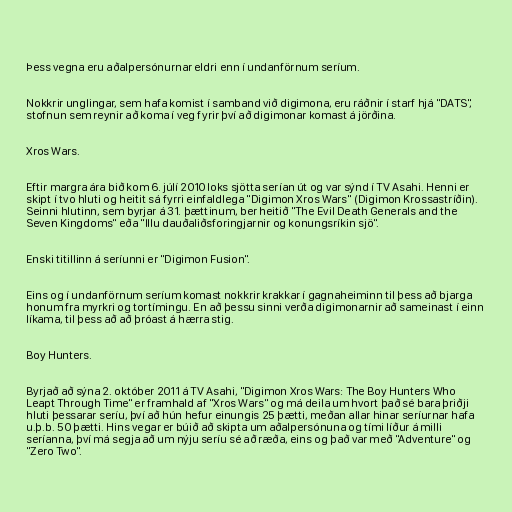
Þess vegna eru aðalpersónurnar eldri enn í undanförnum seríum.

Nokkrir unglingar, sem hafa komist í samband við digimona, eru ráðnir í starf hjá "DATS",
stofnun sem reynir að koma í veg fyrir því að digimonar komast á jörðina.

Xros Wars.

Eftir margra ára bið kom 6. júlí 2010 loks sjötta serían út og var sýnd í TV Asahi. Henni er
skipt í tvo hluti og heitit sá fyrri einfaldlega "Digimon Xros Wars" (Digimon Krossastríðin).
Seinni hlutinn, sem byrjar á 31. þættinum, ber heitið "The Evil Death Generals and the
Seven Kingdoms" eða "Illu dauðaliðsforingjarnir og konungsríkin sjö".

Enski titillinn á seríunni er "Digimon Fusion".

Eins og í undanförnum seríum komast nokkrir krakkar í gagnaheiminn til þess að bjarga
honum fra myrkri og tortímingu. En að þessu sinni verða digimonarnir að sameinast í einn
líkama, til þess að að þróast á hærra stig.

Boy Hunters.

Byrjað að sýna 2. október 2011 á TV Asahi, "Digimon Xros Wars: The Boy Hunters Who
Leapt Through Time" er framhald af "Xros Wars" og má deila um hvort það sé bara þriðji
hluti þessarar seríu, því að hún hefur einungis 25 þætti, meðan allar hinar seríurnar hafa
u.þ.b. 50 þætti. Hins vegar er búið að skipta um aðalpersónuna og tími líður á milli
seríanna, því má segja að um nýju seríu sé að ræða, eins og það var með "Adventure" og
"Zero Two".